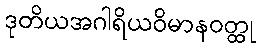
ဒုတိယအဂါရိယဝိမာနဝတ္ထု